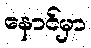
နောင်မှာ